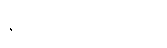
နိဒ္ဒသဝတ္ထု ၇-ပါး